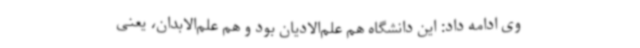
وی ادامه داد: این دانشگاه هم علم‌الادیان بود و هم علم‌الابدان، یعنی